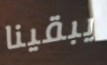
يبقينا